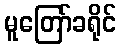
မူတြော်ခရိုင်